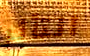
التأثر